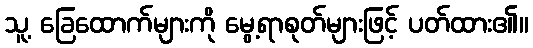
သူ့ ခြေထောက်များကို မွေ့ရာစုတ်များဖြင့် ပတ်ထား၏။